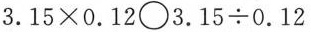
$$3 . 1 5 \times 0 . 1 2 \bigcirc 3 . 1 5 \div 0 . 1 2$$